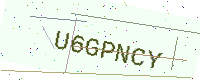
Text: U6GPNCY